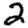
Digit: 2